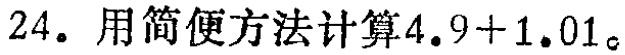
24. 用简便方法计算\(4.9 + 1.01\)。